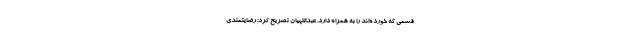
قسمی که خورده‌اند را به همراه دارد. عبداللهیان تصریح کرد: رضایتمندی